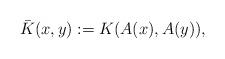
LaTeX: \begin{align*} \bar{K}(x,y):= K(A(x),A(y)), \end{align*}